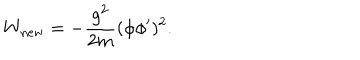
W _ { \mathrm { n e w } } = - \frac { g ^ { 2 } } { 2 m } ( \phi \phi ^ { \prime } ) ^ { 2 } .